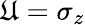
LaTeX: \mathfrak{U}=\sigma_{z}